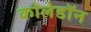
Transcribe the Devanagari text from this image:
कोलेडॉन